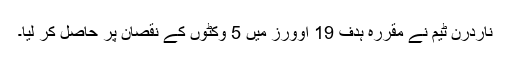
ناردرن ٹیم نے مقررہ ہدف 19 اوورز میں 5 وکٹوں کے نقصان پر حاصل کر لیا۔